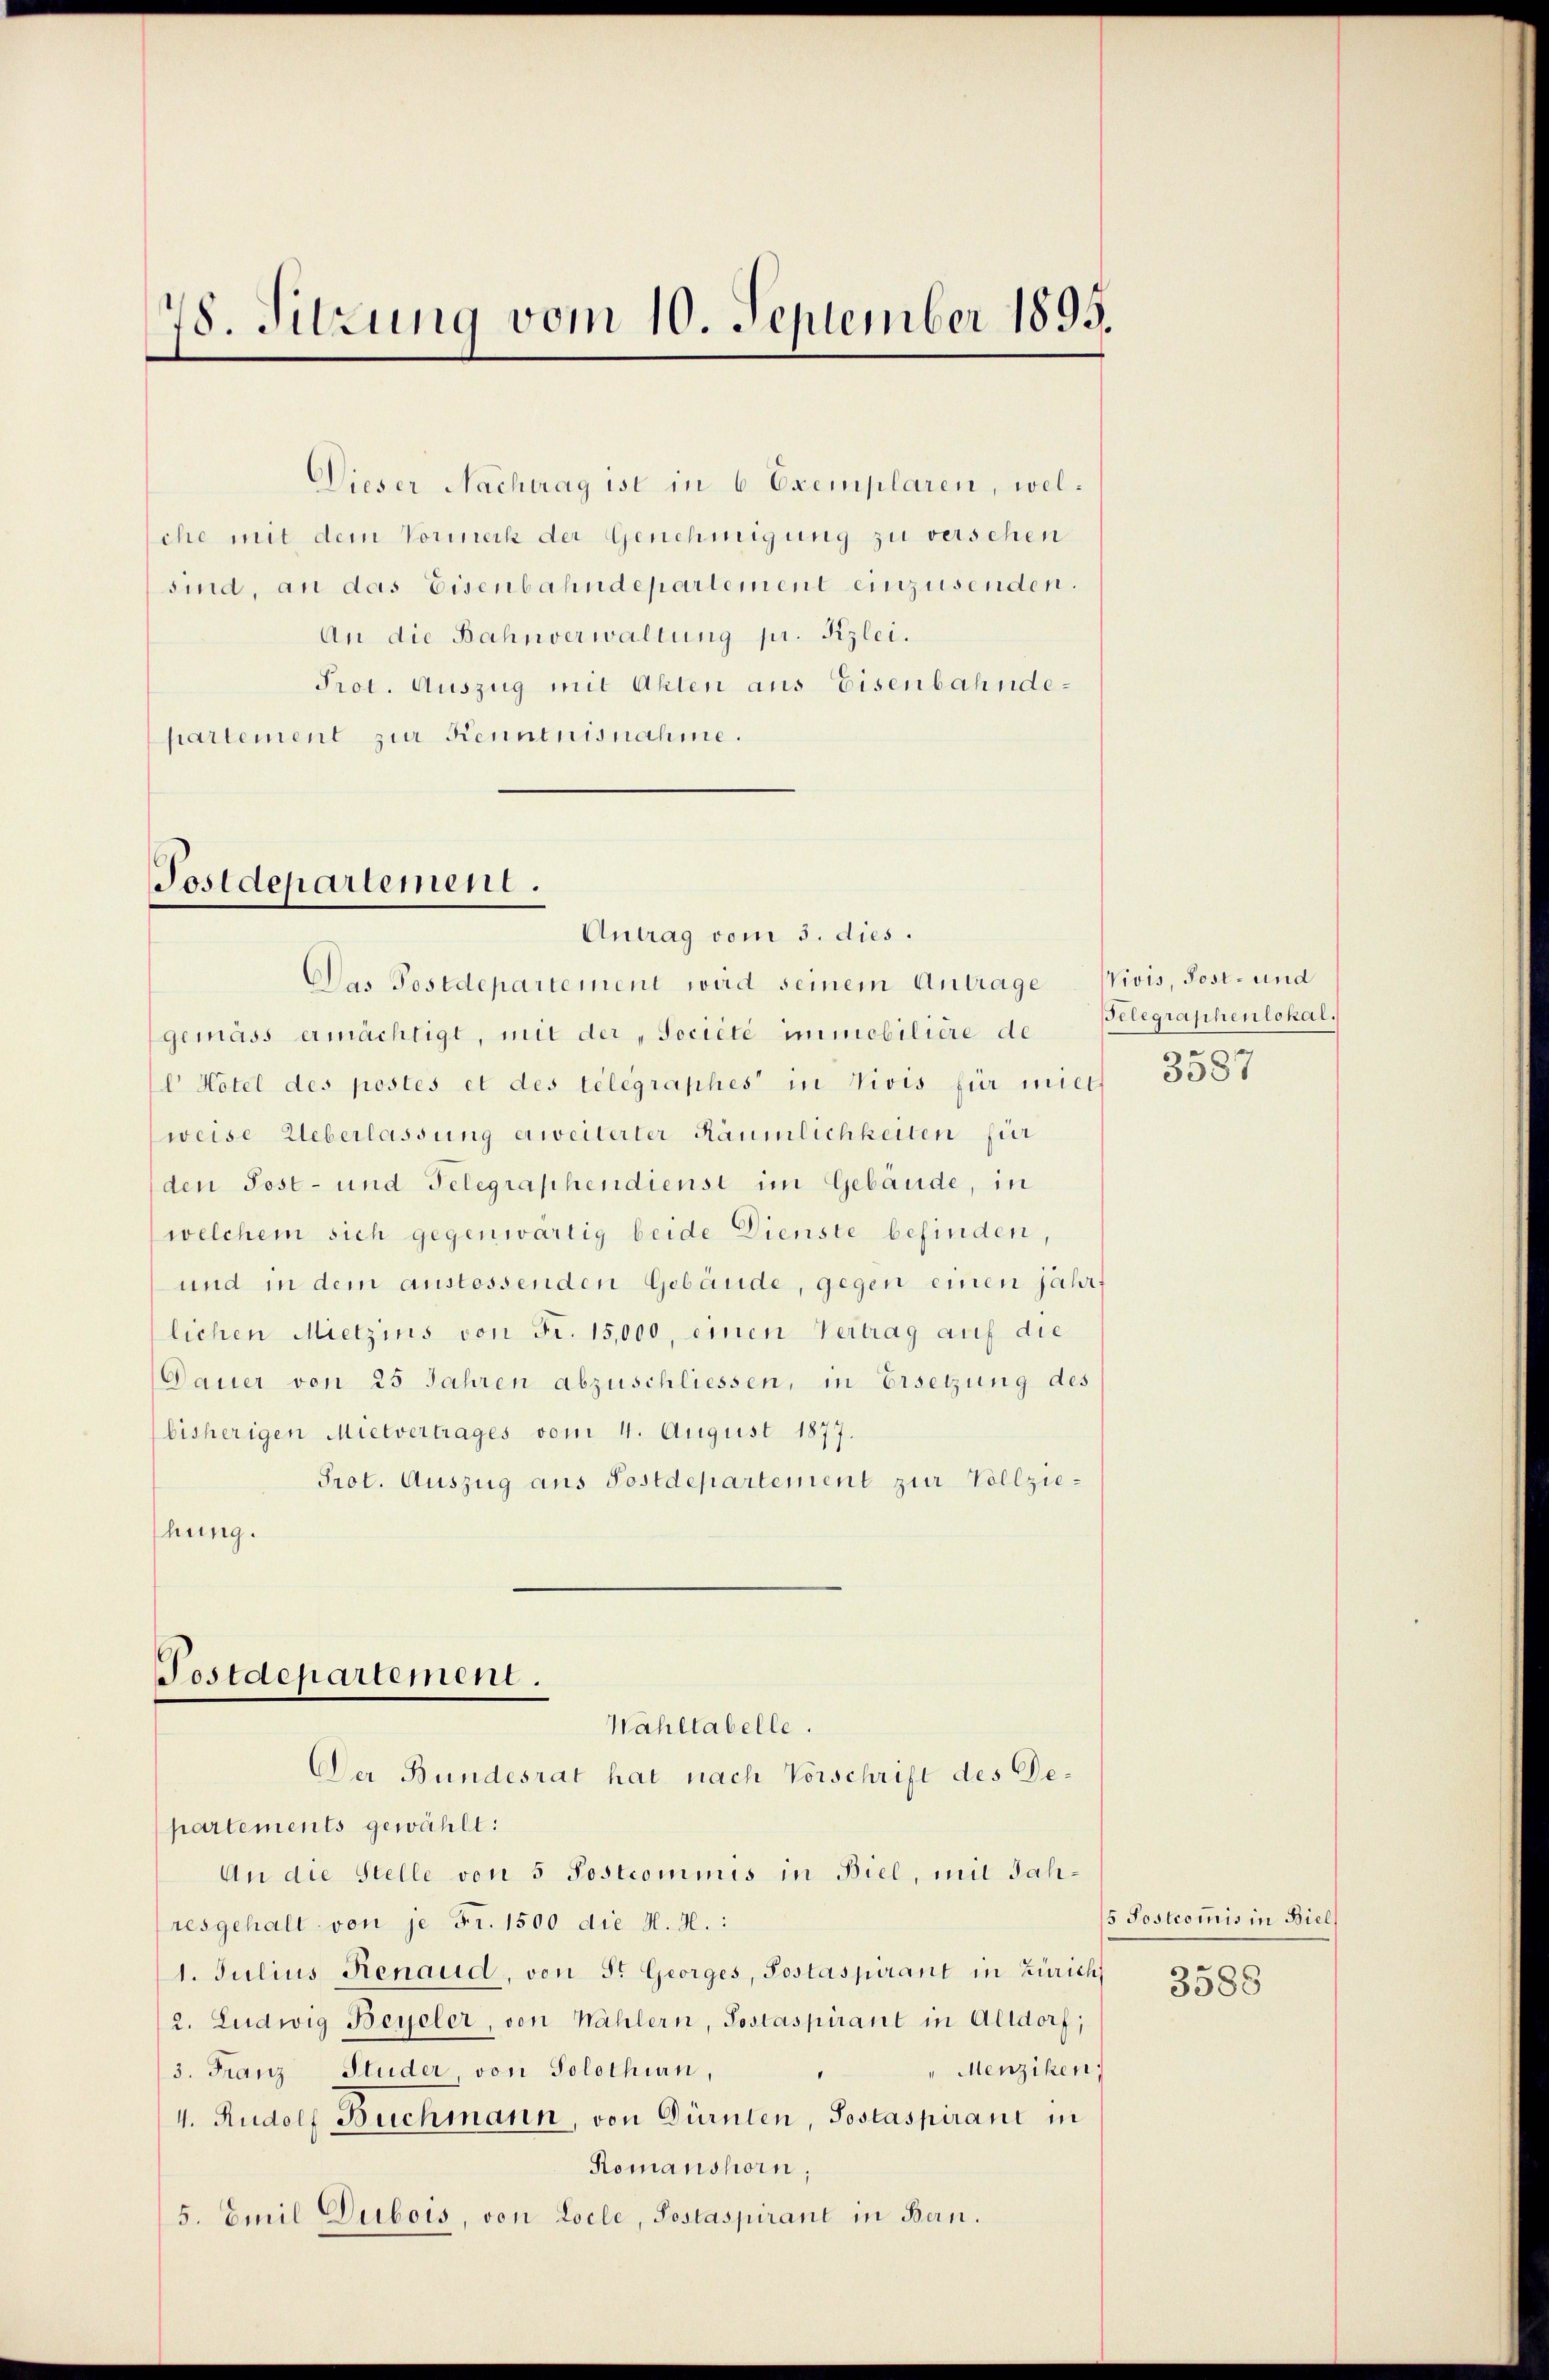
78. Sitzung vom 10. September 1899.

Dieser Nachtrag ist in 6 Exemplaren, welche mit dem Vormerk der Genehmigung zu verschen
sind, an das Eisenbahndepartement einzusenden.
An die Bahnverwaltung pr. Kzlei.
Prot. Auszug mit Akten aus Eisenbahndepartement zur Kenntnisnahme.

Postdepartement.
Antrag vom 3. dies.

Das Postdepartement wird seinem Antrage
gemäss ermächtigt, mit der „société immobilière de
 Hotel des postés et des telegraphes in Vivis für mic
weise Ueberlassung erweiterter Räumlichkeiten für
den Post- und Telegraphendienst im Gebäude, in
welchem sich gegenwärtig beide Dienste befinden,
und in dem anstossenden Gebäude, gegen einen jahr
lichen Mietzins von Fr. 15,000, einen Vertrag auf die
Dauer von 25 Jahren abzuschliessen, in Ersetzung des
bisherigen Mietvertrages vom 4. August 1877.
Prot. Auszug aus Postdepartement zur Vollziehung.

Festdepartement.
Wahltabelle.
Der Bundesrat hat nach Vorschrift des De¬

partements gewählt:
An die Stelle von 5 Postcommis in Biel, mit Jahresgehalt von je Fr. 1500 die H. H.:
1. Julius Renaud, von St. Georges, Postaspirant in Zürich,
2. Ludwig Beyeler, von Wahlern, Toscaspirant in Altdorf;
Menziken
3. Franz Studer, von Solothurn,
4. Rudolf Buchmann, von Dürnten, Sostaspirant in
Romanshorn,
5. Emil Dubois, von Locle, Postaspirant in Bern.

Vivis, Post- und
Telegraphenlokal.
3587

5 Postcommis in Biel,

3588